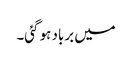
میں برباد ہو گئی۔